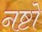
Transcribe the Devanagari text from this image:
नष्टो